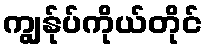
ကျွန်ုပ်ကိုယ်တိုင်